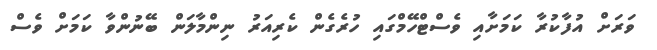
ވަރަށް އުފާކުރާ ކަމަށާއި ވެސްޓްހޭމްގައި ހުރެގެން ކެރިއަރު ނިންމާލަން ބޭނުންވާ ކަމަށް ވެސް